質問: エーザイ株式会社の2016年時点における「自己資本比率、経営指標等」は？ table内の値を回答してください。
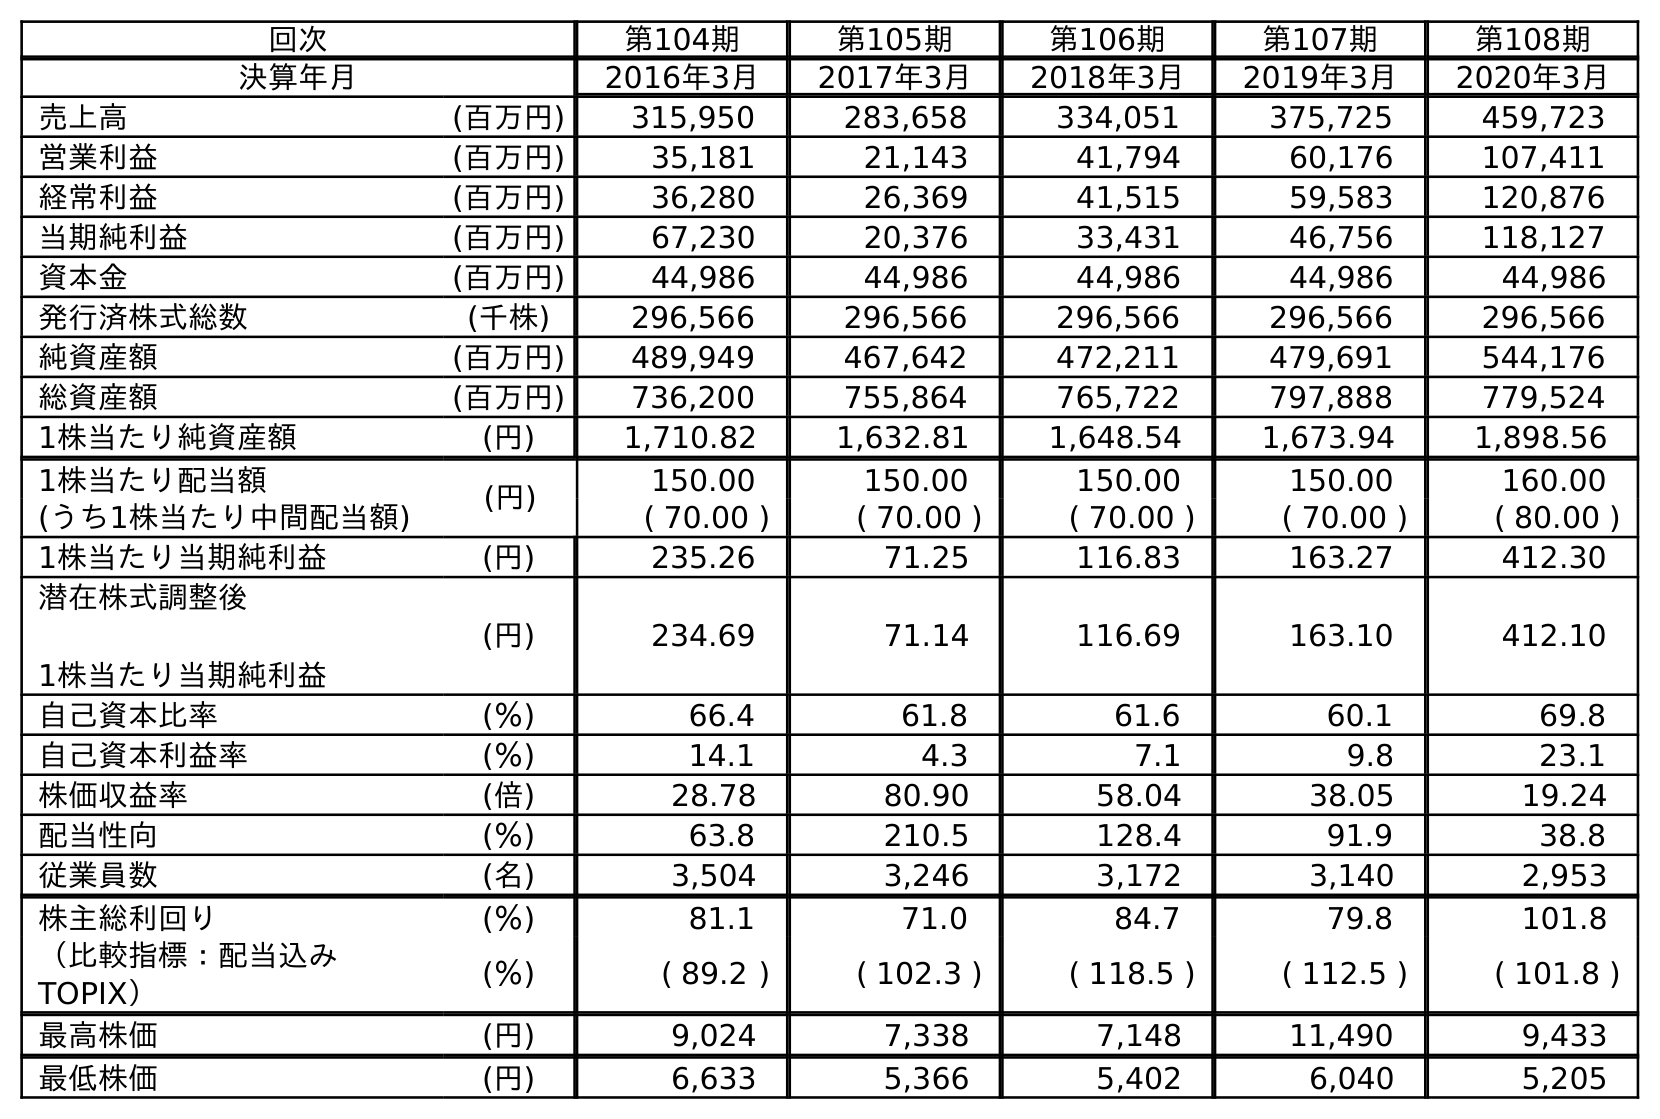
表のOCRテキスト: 回次 第104期 第105期 第106期 第107期 第108期 決算年月 2016年3月 2017年3月 2018年3月 2019年3月 2020年3月 売上高 (百万円) 315,950 283,658 334,051 375,725 459,723 営業利益 (百万円) 35,181 21,143 41,794 60,176 107,411 経常利益 (百万円) 36,280 26,369 41,515 59,583 120,876 当期純利益 (百万円) 67,230 20,376 33,431 46,756 118,127 資本金 (百万円) 44,986 44,986 44,986 44,986 44,986 発行済株式総数 (千株) 296,566 296,566 296,566 296,566 296,566 純資産額 (百万円) 489,949 467,642 472,211 479,691 544,176 総資産額 (百万円) 736,200 755,864 765,722 797,888 779,524 1株当たり純資産額 (円) 1,710.82 1,632.81 1,648.54 1,673.94 1,898.56 1株当たり配当額 (円) 150.00 150.00 150.00 150.00 160.00 (うち1株当たり中間配当額) ( 70.00 ) ( 70.00 ) ( 70.00 ) ( 70.00 ) ( 80.00 ) 1株当たり当期純利益 (円) 235.26 71.25 116.83 163.27 412.30 潜在株式調整後 1株当たり当期純利益 (円) 234.69 71.14 116.69 163.10 412.10 自己資本比率 (％) 66.4 61.8 61.6 60.1 69.8 自己資本利益率 (％) 14.1 4.3 7.1 9.8 23.1 株価収益率 (倍) 28.78 80.90 58.04 38.05 19.24 配当性向 (％) 63.8 210.5 128.4 91.9 38.8 従業員数 (名) 3,504 3,246 3,172 3,140 2,953 株主総利回り (％) 81.1 71.0 84.7 79.8 101.8 （比較指標：配当込み TOPIX） (％) ( 89.2 ) ( 102.3 ) ( 118.5 ) ( 112.5 ) ( 101.8 ) 最高株価 (円) 9,024 7,338 7,148 11,490 9,433 最低株価 (円) 6,633 5,366 5,402 6,040 5,205
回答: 66.4